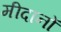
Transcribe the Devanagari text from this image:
मीदानों